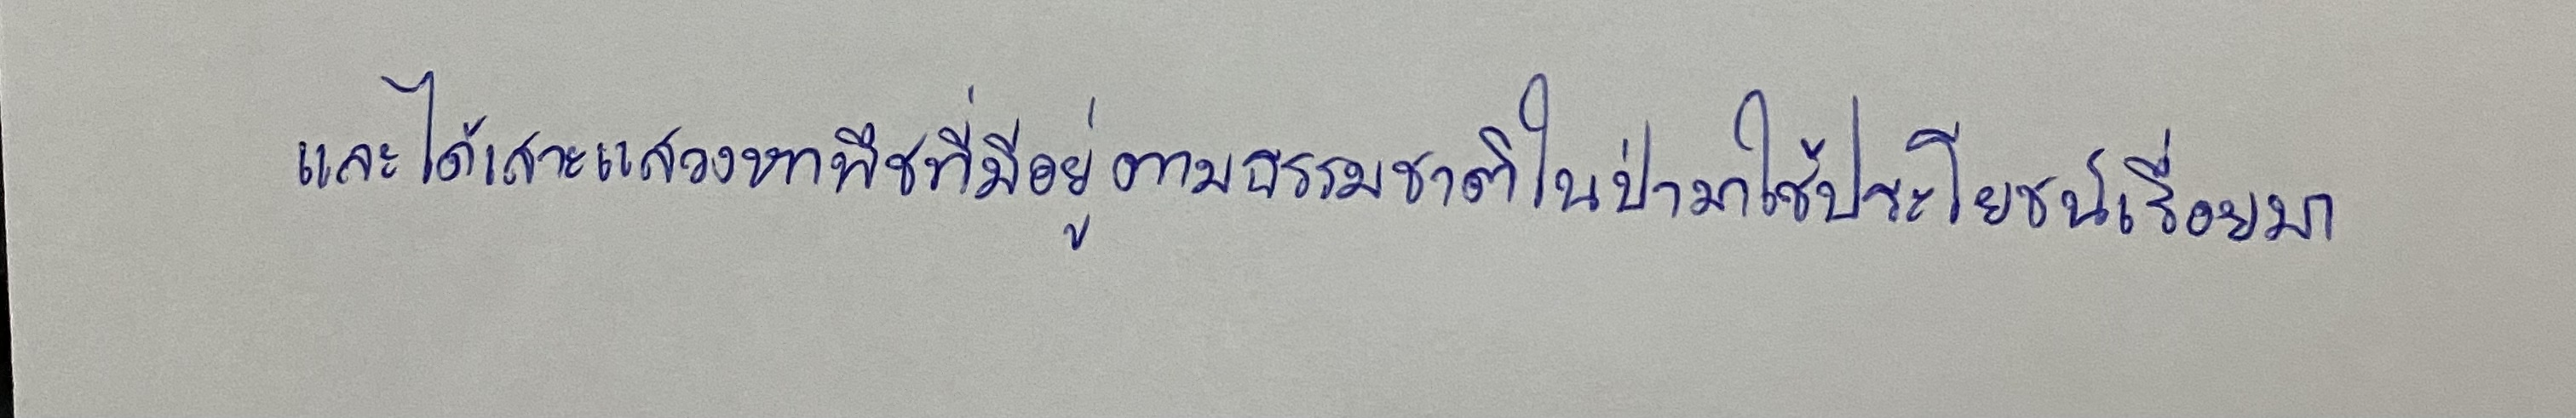
และได้เสาะแสวงหาพืชที่มีอยู่ตามธรรมชาติในป่ามาใช้ประโยชน์เรื่อยมา